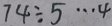
7 4 \div 5 \cdots 4